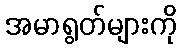
အမာရွတ်များကို